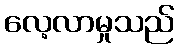
လေ့လာမှုသည်